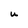
Character: u